Civil Veterinary Dept. North-West Frontier Province 1933-46 - 1933-1946
Year: 1933
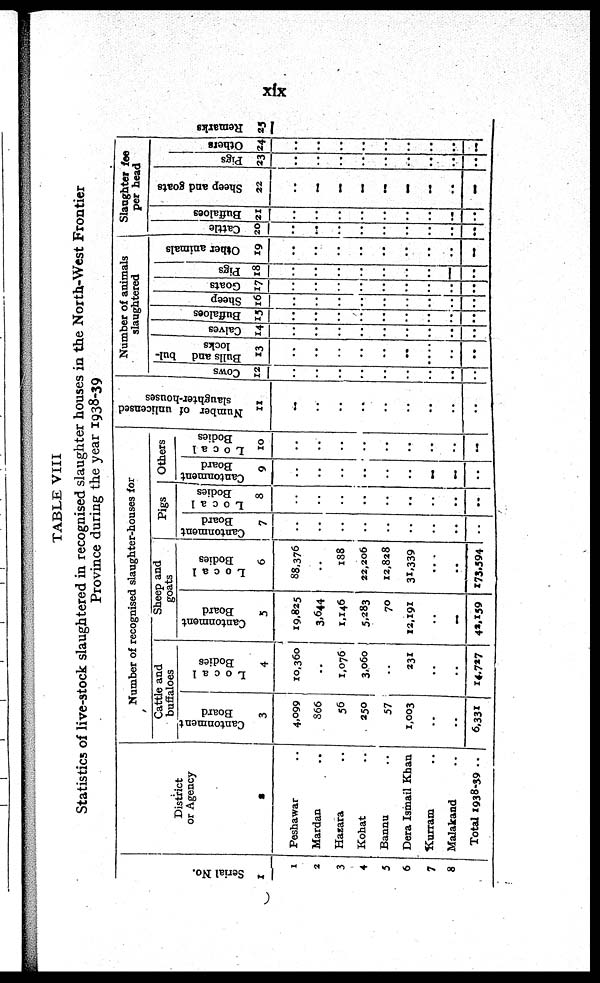
xix
TABLE VIII
Statistics of live-stock slaughtered in recognised slaughter houses in the North-West Frontier
Province during the year 1938-39
Ser i al No.
1
1
2
3
4
5
6
7
8
District
or Agency
2
Peshawar ..
Mardan ..
Hazara ..
Kohat
..
Bannu ..
Dera Ismail Khan ..
Kurram ..
Malakand ..
Total 1938-39 ..
Number of recognised slaughter-houses for
Cattle and
buffaloes
Cantonment
Board
3
4,099
866
56
250
57
1,003
..
..
6,331
Local
Bodies
4
10,360
..
1,076
3,060
..
231
..
..
14,727
Sheep and
goats
Cantonment
Board
5
19,825
3,644
1,146
5,283
70
12,191
..
..
42,159
Local
Bodies
6
88,376
..
188
22,206
12,828
31,339
..
...
173,594
Pigs
Cantonment
Board
7
..
..
..
..
..
..
..
..
..
Local
Bodies
8
..
..
..
..
..
..
..
..
..
Others
Cantonment
Board
9
..
..
..
..
..
..
..
..
..
Local
Bodies
10
..
..
..
..
..
..
..
..
..
Number of unlicensed
slaughter-houses
11
..
..
..
..
..
..
..
..
..
Number of animals
slaughtered
Cows
12
..
..
..
..
..
..
..
..
..
Bulls and bul-
locks
13
..
..
..
..
..
..
..
..
..
Calves
14
..
..
..
..
..
..
..
..
..
Buffaloes
15
..
..
..
..
..
..
..
..
..
Sheep
16
..
..
..
..
..
..
..
..
..
Goats
17
..
..
..
..
..
..
..
..
..
Pigs
18
..
..
..
..
..
..
..
..
..
Other animals
19
..
..
..
..
..
..
..
..
..
Slaughter fee
per head
Cattle
20
..
..
..
..
..
..
..
..
..
Buffaloes
21
..
..
..
..
..
..
..
..
..
Sheep and goats
22
..
..
..
..
..
..
..
..
..
Pigs
23
..
..
..
..
..
..
..
..
..
Others
24
..
..
..
..
..
..
..
..
..
Remarks
25